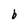
Character: b